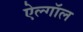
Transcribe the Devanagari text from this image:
ऐल्गॉल